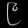
Digit: ၉